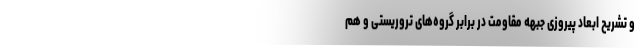
و تشریح ابعاد پیروزی جبهه مقاومت در برابر گروه‌های تروریستی و هم